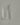
أنا